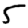
Digit: 5